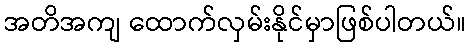
အတိအကျ ထောက်လှမ်းနိုင်မှာဖြစ်ပါတယ်။